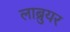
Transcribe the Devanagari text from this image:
लाब्रुयर